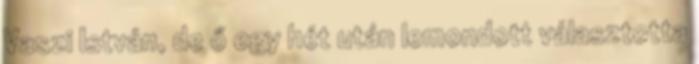
Vaszi István, de ő egy hét után lemondott választotta